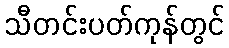
သီတင်းပတ်ကုန်တွင်